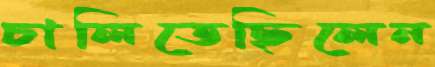
চালিতেছিলেন